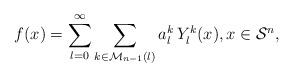
LaTeX: \begin{align*}f(x)=\sum_{l=0}^\infty\sum_{k\in\mathcal M_{n-1}(l)} a_l^k\,Y_l^k(x),x\in\mathcal S^n,\end{align*}